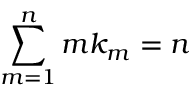
\sum _ { m = 1 } ^ { n } m k _ { m } = n